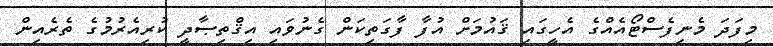
މިފަދަ މެނިފެސްޓޯއެއްގެ އެހީގައި ޤައުމަށް އުފާ ފާގަތިކަން ގެނުވައި އިޤްތިޞާދީ ކުރިއެރުމުގެ ތެރެއިން